King Institute of Preventive Medicine Micro-Biological Section reports 1909-11
Year: 1909
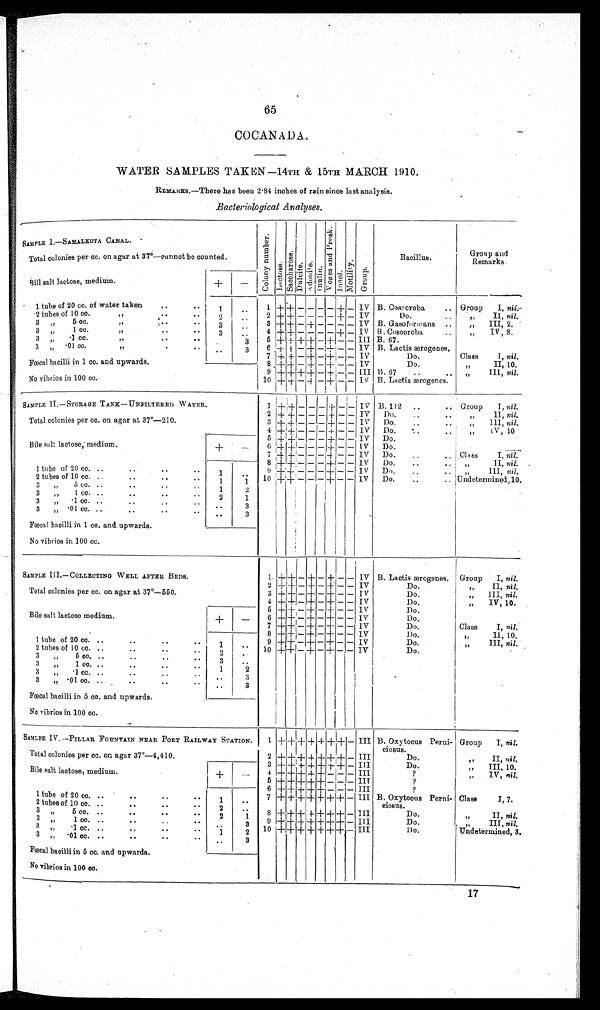
65
COCANADA.
WATER SAMPLES TAKEN—14TH & 15TH MARCH 1910.
REMARKS.—There has been 2·84 inches of rain since last analysis.
Bacteriological Analyses.
SAMPLE I.—SAMALKOTA CANAL.
C o l o n y n u m b e r . Luctose.Sacchar ose. Dul ci t e.Adomi t e.Inul i n.
V o g e s a n d P r o s k .
Indol.Mot i l i t y.Group.
Bacillus.
Group and
Remarks
Total colonies per cc. on agar at 37°—cannot be counted.
+
-
Bill salt lactose, medium
1 tube of 20 cc. of water taken
1
1
+ +
- - - -
+
-
IV
B . Coscoroba
Group I,nil.
1
1 + --I- —
- -—
—
-
—I-1- — IV B. Coscoroba
.. Gro p
I, nil.-
2 tubes of 10 cc.
2
2 + +
- - - -
+
-
IV
Do.
,, II, nil.
3 „ 5 cc.
3
3 + +
-
+
- - - -
IV B. Gasoformans
„ III, 2.
3 „ 1 cc.
3
4
+ +
- - - -
+
-
IV
B . Coscoroba
„ IV, 8.
3 „ ·1 cc.
3
5 +
+ + +
-
+
- -
III B. 67.
3 „ ·01 cc.
3
6
+ +
-
+
-
+
- -
IV B. Lactis ærogenes.
Fœcal bacilli in 1 cc. and upwards.
7
+ +
-
+
-
+
- -
IV
Do.
Class I, nil.
8
+
+
-
+
-
+
- -
IV
Do.
,, II, 10.
No vibrios in 100 cc.
9
+ + + +
-
+
- -
III B.67
,, III, nil.
10 +
+
-
+
-
+
- -
IV B. Lactis ærogenes.
SAMPLE II.—STORAGE TANK—UNFILTERED WATER.
1
+ +
- - -
+
- -
IV B. 112
Group I, nil.
2
+ +
- - -
+
- -
IV
Do.
„ II, nil.
Total colonies per cc. on agar at 37°—210.
+
-
3
+ +
- - -
+
- -
IV
Do.
„ III, nil.
4
+ +
- - -
+
- -
I V
Do.
„ IV, 10
Bile salt lactose, medium.
5
+ +
- - -
+
- -
IV
Do.
6
+ +
- - -
+
- -
I V Do.
1 tube of 20 cc.
1
7
+ +
- - -
+
- -
IV
Do.
Class I, nil.
8
+ +
- - -
+
- -
IV
Do.
,, II, nil.
9
+ +
- - -
+
- -
IV
Do.
39 III, nil.
2 tubes of 10 cc.
1
1
10
+ +
- - -
+
- -
IV
Do.
Undetermined, 10.
3 „ 5 cc.
1
2
3 „ 1 cc.
2
1
3 „ ·1 cc.
3
3 „ ·01 cc.
3
Fœcal bacilli in 1 cc. and upwards.
No vibrios in 100 cc.
SAMPLE III.—COLLECTING WELL AFTER. BEDS.
1
+ +
-
+
-
+
- -
IV B. Lactis ærogenes.
Group I, nil.
Total colonies per cc. on agar at 37°—550.
+
-
2
+ +
-
+
-
+
- -
IV
Do
,, II nil.
3
+ +
-
+
-
+
- -
IV
Do.
„ III, nil.
4
+ +
-
+
-
+
- -
IV
Do.
,, IV, 10.
Bile salt lactose medium.
5
+ +
-
+
-
+
- -
IV
Do.
6 +
+
-
+
-
+
- -
IV
Do.
7
+ +
-
+
-
+
- -
IV
Do.
Class I, nil.
1 tube of 20 cc.
1
8
+
+
-
+
-
+
- -
IV
Do.
,, II, 10.
9
+ +
-
+
-
+
- -
IV
Do.
„ III, nil.
2 tubes of 10 cc.
2
10
+ +
-
+
-
+
- -
IV
Do.
3 „ 5 cc.
3
3 „ 1 cc.
1
2
3 „ ·1 cc.
3
3 „ ·01 cc.
3
Fœcal bacilli in 5 cc. and upwards.
No vibrios in 100 cc.
SAMLPE IV.—PILLAR FOUNTAIN NEAR PORT RAILWA STATION.
1
+ + + + + + +
-
III
B. Oxytocus Perni-
ciosus.
Group I, nil.
Total colonies per cc. on agar 37°—4,410.
+
-
2
+ + + + + + +
-
III
Do.
„ II, nil.
3
+ + + + + + +
-
III
Do.
„ III, 10.
Bile salt lactose, medium.
4
+ + + + +
- - -
III
?
„ IV, nil.
5
+ + + + +
- - -
III
?
6
+ + + + +
- - -
III
?
1 tube of 20 cc.
1
7
+ + + + + + +
-
III
B. Oxytocus Perni-
ciosus.
Class I, 7.
2 tubes of 10 cc.
2
8
+ + + + + + +
-
III
Do.
„ II, nil.
3 ,, 5.cc.
2
1
9
+ + + + + + +
-
III
Do.
„ III, nil.
3 „ 1 cc.
3
1 0
+ + + + + + +
-
III
Do.
Undetermined, 3.
3 „ ·1
cc.
1
2
3 „ ·01 cc.
3
Fœcal bacilli in 5 cc. and upwards.
No vibrios in 100 cc.
17